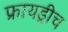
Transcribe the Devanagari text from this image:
फ्रायड्रीच